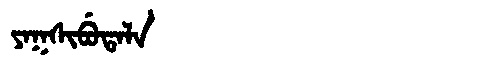
Manchu: ᠶᠠᡴᠰᡳᠪᡠᡨᠠᠯᠠ
Romanization: YAKSIBUTALA